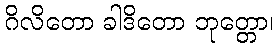
ဂိလိတော ခါဒိတော ဘုတ္တော၊